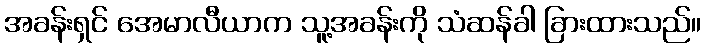
အခန်းရှင် အေမာလီယာက သူ့အခန်းကို သံဆန်ခါ ခြားထားသည်။